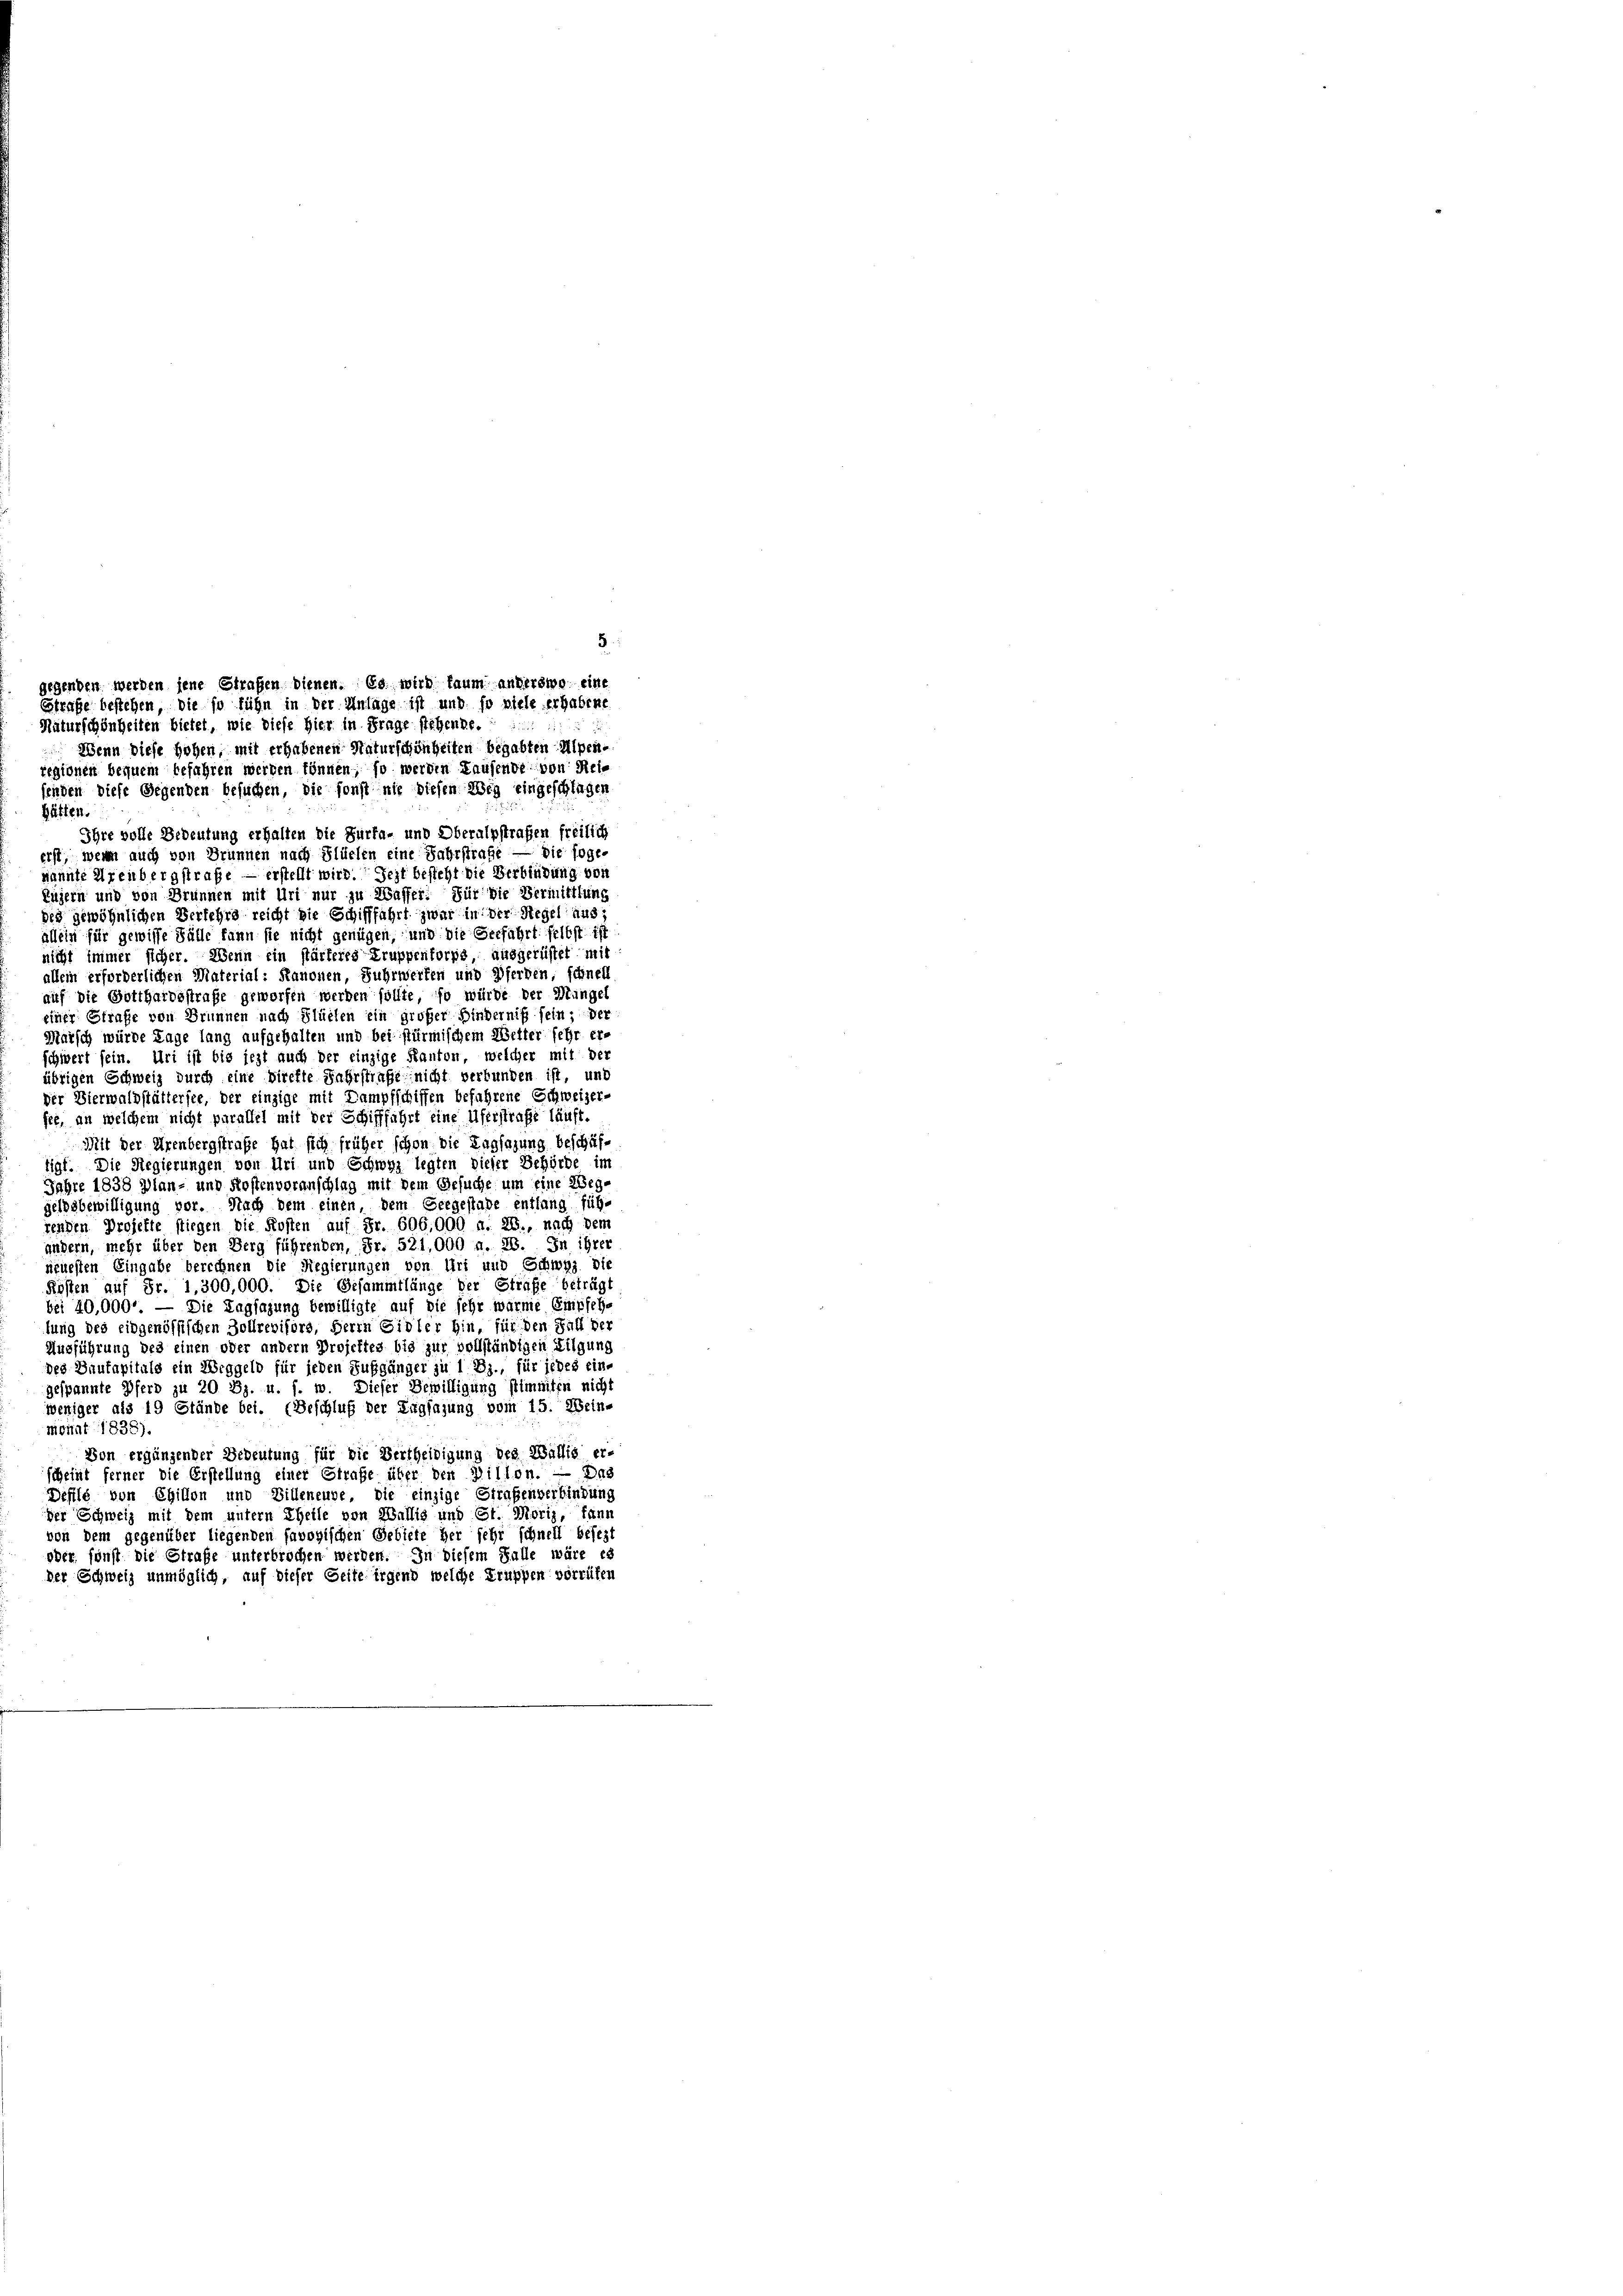
Hätten.
Ihre volle Bedeutung erhalten die Surfa- und Oberalpstraßen freilich
erst, wenn auch von Brunnen nach Flüelen eine Jahrstrafe — die foge-
nannte Urenbergstraße — erstellt wird. Jezt besteht die Verbindung von
kuzern und von Brunnen mit Uri nur zu Wasser. Für die Vermittlung
des gewöhnlichen Verlehre reicht die Schifffahrt zwar in der Stegel aus,
allein für gewisse Fälle kann sie nicht genügen, und die Verfahrt selbst ist
nicht immer sicher. Wenn ein stärteres Truppenforps, ausgerüstet mit
allein erforderlichen Material: Kanonen, Fuhrwerfen und Pferden, schnell
auf die Gotthardsstraße geworfen werden sollte, so würde der Mingel
einer Strafe von Brunnen nach Flüelen ein großer Binderniß sein; der
Marsch würde Lage lang aufgehalten und bei stürmischem Wetter sehr er-
schwert sein. Uri ist bis jezt auch der einzige Kanton, welcher mit der
übrigen Schweiz durch eine Direkte Fahrstraße nicht verbunden ist, und
Der Vierwaldstättersee, der einzige mit Dampfschiffen befahrene Schweizer-
see, an welchem nicht parallel mit der Schifffahrt eine Uferstraße läuft.
Mit der Urenbergstraße hat sich früher schon die Tagsazung beschäf-
tigt. Die Regierungen von Uri und Schwyz legten dieser Behörde im
Jahre 1838 Dlan- und Kostenvoranschlag mit dem Gesuche um eine Weggeldsbewilligung vor. Nach dem einen, dem Seegestade entlang füg-
renden Projekte stiegen die Kosten auf Fr. 606,000 u. 28., nach dem
andern, mehr über den Berg führenden, Fr. 521,000 a. 28. In ihrer
neuesten Eingabe berechnen die Regierungen von Uri und Schwyz die
Kosten auf Fr. 1,300,000. Die Gesammtlänge der Strafe beträgt
bei 40,000. — Die Tagsazung bewilligte auf die sehr wärme Empfehlung des eidgenössischen Zollrevisors, Herrn Sidler hin, für den Fall der
Ausführung des einen oder andern Projektes bis zur vollständigen Tilgung
des Hautapitals ein Weggeld für jeden Fußgänger zu 1 Dz., für jedes eine
gespannte Pferd zu 20 Bz. u. s. w. Dieser Bewilligung stimmten nicht
weniger als 19 Stände bei. (Beschluß der Tagsazung vom 15. Wein-
monat 1838).
Von ergänzender Bedeutung für die Vertheidigung des Wallis er-
scheint ferner die Erstellung einer Strafe über den Willon. — Das
Defild von Egillon und Villeneure, die einzige Straßenverbindung
der Schweiz mit dem untern Theile von Wallis und St. Moriz, fand
von dem gegenüber liegenden favogischen Gebiete her sehr schnell besezt
oder sonst die Strafe unterbrochen werden. In diesem Falle wäre es
der Schweiz unmöglich, auf dieser Seite irgend welche Truppen vorrüfen

5.
gegenden werden jene Strafen dienen. Es wird kaum anderswo eine
Estrafe bestehen, die so führ in der Anlage ist und so viele erhabene
Naturschönheiten bietet, wie diese Hier in Frage stehenke.
Wenn diese Hohen, mit erhabenen Naturschönheiten begabten Alpen-
regionen bequem befahren werden können, so werden Hausende von Meifenden diese Gegenden besuchen, die sonst nie diesen Weg eingeschlagen